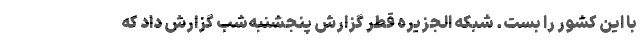
با این کشور را بست. شبکه الجزیره قطر گزارش پنجشنبه‌شب گزارش داد که